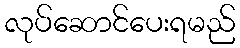
လုပ်ဆောင်ပေးရမည်